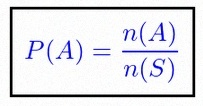
P(A)=\frac{n(A)}{n(S)}